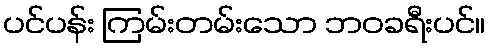
ပင်ပန်း ကြမ်းတမ်းသော ဘဝခရီးပင်။